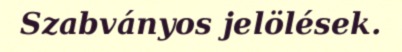
Szabványos jelölések.